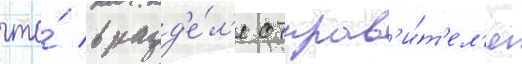
что́ в разд'е́л'е отправ'и́т'ел'я